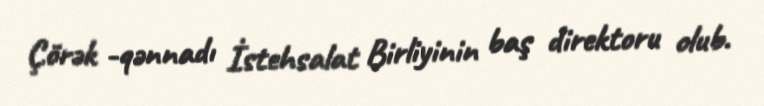
Çörək -qənnadı İstehsalat Birliyinin baş direktoru olub.